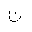
Letter: _non